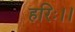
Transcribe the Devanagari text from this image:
हरिः।।